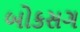
બોકસગ